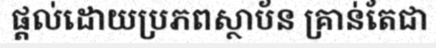
ផ្តល់ដោយប្រភពស្ថាប័ន គ្រាន់តែជា